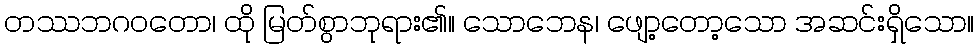
တဿဘဂဝတော၊ ထို မြတ်စွာဘုရား၏။ သောဘေန၊ ဖျော့တော့သော အဆင်းရှိသော။